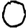
Digit: 0